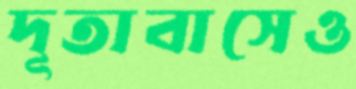
দূতাবাসেও